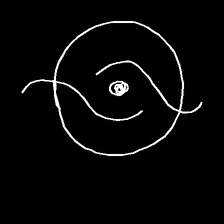
Glyph: repetition